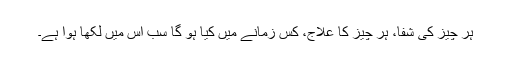
ہر چیز کی شفا، ہر چیز کا علاج، کس زمانے میں کیا ہو گا سب اس میں لکھا ہوا ہے۔